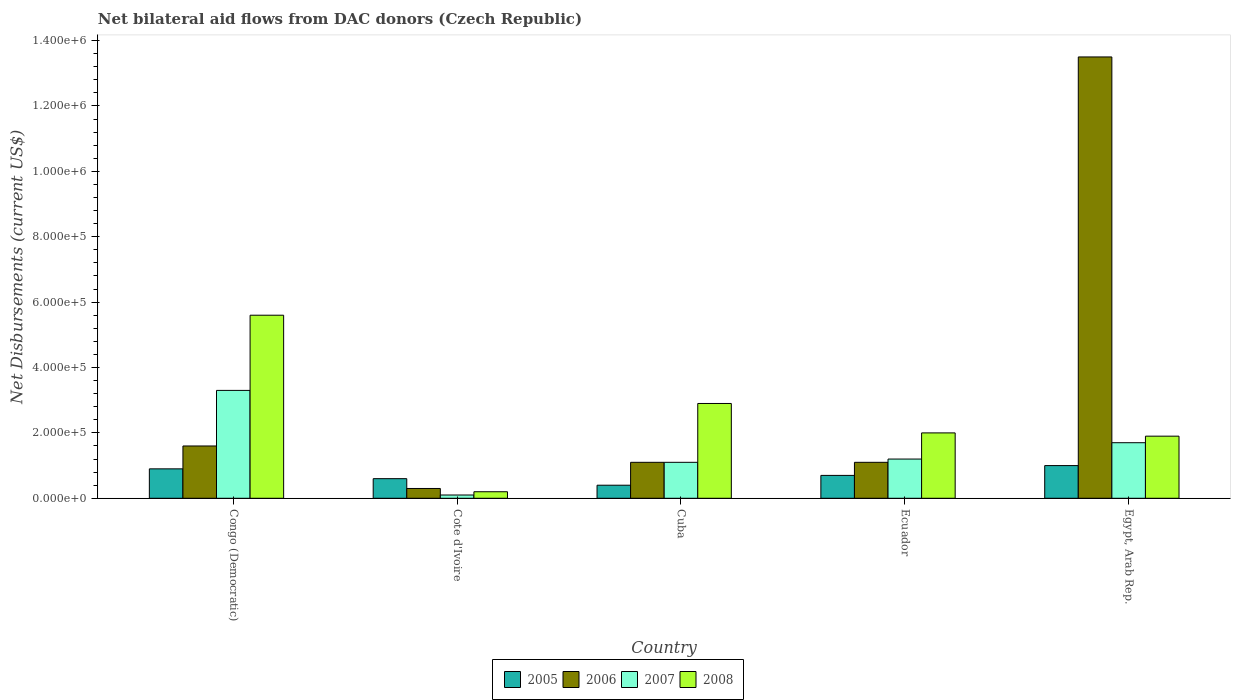
| Country | 2005 | 2006 | 2007 | 2008 |
 | --- | --- | --- | --- | --- |
 | Congo (Democratic) | 9e+04 | 1.6e+05 | 3.3e+05 | 5.6e+05 |
 | Cote d'Ivoire | 6e+04 | 3e+04 | 1e+04 | 2e+04 |
 | Cuba | 4e+04 | 1.1e+05 | 1.1e+05 | 2.9e+05 |
 | Ecuador | 7e+04 | 1.1e+05 | 1.2e+05 | 2e+05 |
 | Egypt, Arab Rep. | 1e+05 | 1.35e+06 | 1.7e+05 | 1.9e+05 |